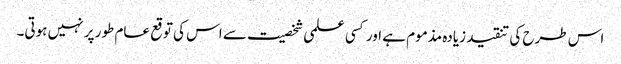
اس طرح کی تنقید زیادہ مذموم ہے اور کسی علمی شخصیت سے اس کی توقع عام طور پر نہیں ہوتی۔